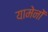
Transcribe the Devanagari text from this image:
यामेनों